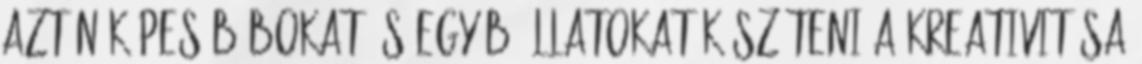
aztán képes bábokat és egyéb állatokat készíteni a kreativitása